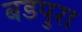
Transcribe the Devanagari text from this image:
बडपुरा